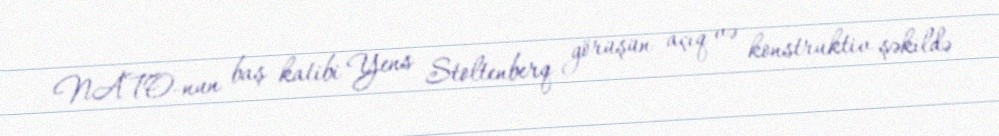
NATO-nun baş katibi Yens Stoltenberq görüşün açıq və konstruktiv şəkildə